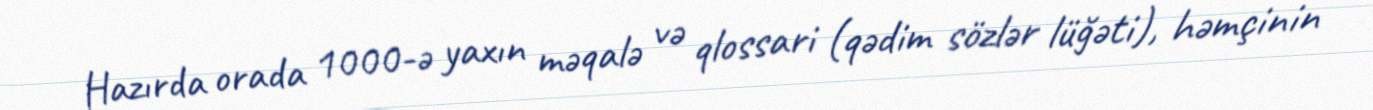
Hazırda orada 1000-ə yaxın məqalə və qlossari (qədim sözlər lüğəti), həmçinin